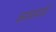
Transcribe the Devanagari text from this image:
काळपांडे